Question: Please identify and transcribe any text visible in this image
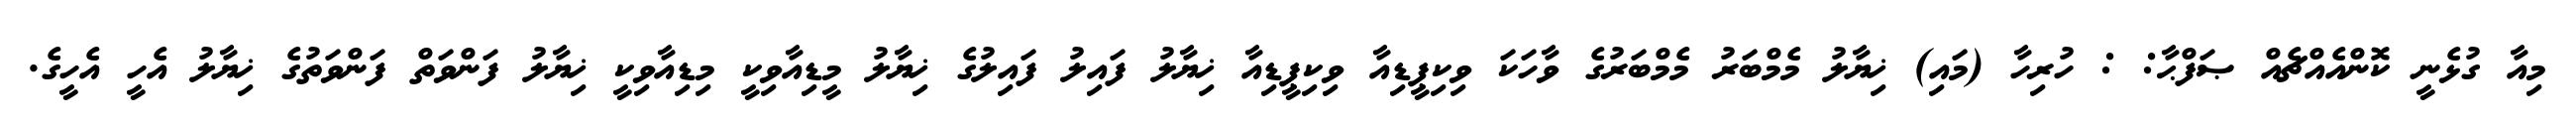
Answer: މިއާ ގުޅެނީ ކޮންއެއްޗެއް ޞަފްޙާ: : ހުރިހާ (މައި) ޚިޔާލު މެމްބަރު މެމްބަރުގެ ވާހަކަ ވިކިޕީޑިއާ ވިކިޕީޑިއާ ޚިޔާލު ފައިލު ފައިލުގެ ޚިޔާލު މީޑިއާވިކީ މިޑިއާވިކީ ޚިޔާލު ފަންވަތް ފަންވަތުގެ ޚިޔާލު އެހީ އެހީގެ.